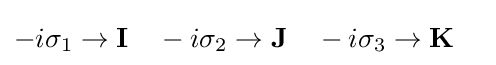
-i\sigma _{1}\rightarrow {\textbf {I}}\quad -i\sigma _{2}\rightarrow {\textbf {J}}\quad -i\sigma _{3}\rightarrow {\textbf {K}}\quad